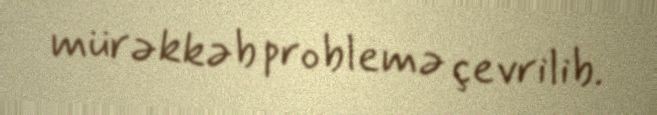
mürəkkəb problemə çevrilib.